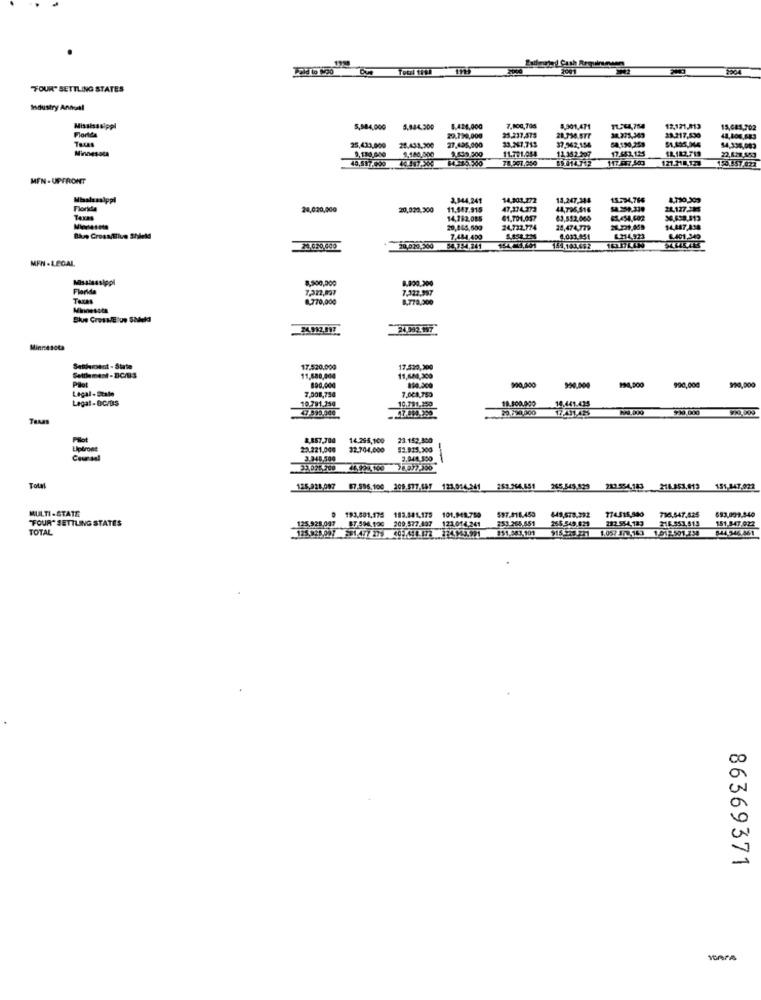
2001
TOUR" SETTLING STATES
Isdustry Annual
Mississippi
Florida
5,984,000
5.944,200
8.428,000
7,100,706
8,301,471
11.544,754
34.271,343
12,121,813
15,685.702
Texas
29.790,000
27,435,000
25.237.475
23.267,743
37.562,154
38.217,830
48,100.683
Minnesota
25,433,000
9.180.000
28.433,200
1,480,000
2.539.900
11.791.054
11,352.207
17.451.1.25
11.182.719
$4,334,083
40,597.500
78.997,250
BS 014.712
121.118.123
150.457.011
22,629,953
MEN -UPFRONT
3,944,241
14,903.272
13.247,344
15.734,766
8,730,303
24,020,000
20,020.300
11.547.915
47,234.372
44,796,516
24.127.135
TAXA8
14,292,085
61.791.057
51434,602
24,732.774
24,474,779
$4,287,434
Raus Cross/Blue Shield
7.484,400
4,031.951
6.214 923
6.401,349
20,020.300
54 754,241
144,141.492
MFN .LEGAL
Mississippi
8,900,000
1.200,300
Florida
7.322.997
Taxas
8,770,000
8.778,900
Blue CrossElue Salek
24 992.197
Minnes
Senhesent - State
17.520,000
17.530,200
Settlement -BC/13
Pilot
11.880,004
800.000
11,680,300
990,000
120,000
Legal - State
7.008,750
990,000
Legal -DC/BS
10.791.250
7.008,734
19.500.000
47-593 540
10.791.350
$30.000
Texas
PSof
8,857,700 14.295,100
23.152.300
Liptront
23.221,000
32.704,000
93.915.300
Coursal
3.948.500
3.944.500
1.277 500
Total
125,021:097 87.596.100 209.577.189 121.014.241 253.264.651 265.545.529 210.554.183 216.351.613 151.347.022
MULTI -STATE
597.418.459
693,999.340
"FOUR" SETTLING STATES
125.928.007 87.594.120 209.577.497 121.014.241
193.081.175 183.041.175
101.948.750
353.265.551
649,578,392
265.549.679
282 554-187
774.515,990
796,547.525
216.551.513
151 847.922
TOTAL
951.243-101
$15-2 5-71 1.05/ 1/1543 191:501254
544-346 361
86369371